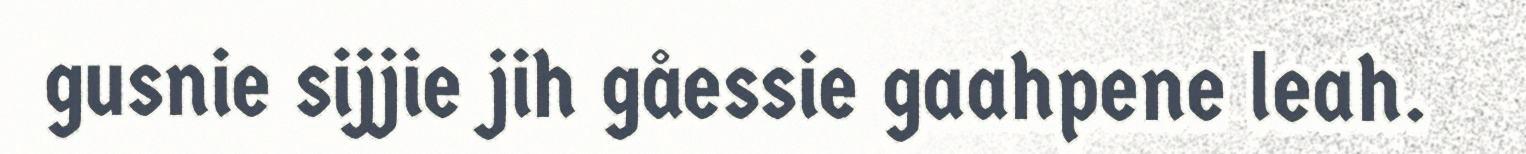
gusnie sijjie jih gåessie gaahpene leah.